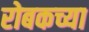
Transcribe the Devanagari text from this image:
रोबकच्या